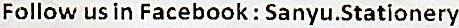
FOLLOW US IN FACEBOOK : SANYU.STATIONERY